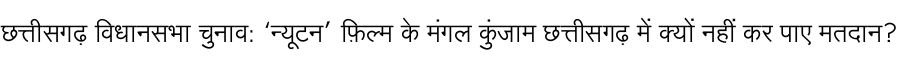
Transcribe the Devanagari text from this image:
छत्तीसगढ़ विधानसभा चुनाव: ‘न्यूटन’ फ़िल्म के मंगल कुंजाम छत्तीसगढ़ में क्यों नहीं कर पाए मतदान?